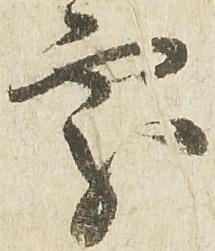
処